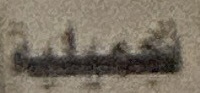
تجمیلیة